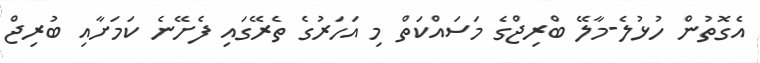
އެގޮތުން ހުޅުލެ-މާލޭ ބްރިޖްގެ މަސައްކަތް މި އަހަރުގެ ތެރޭގައި ފެށޭނެ ކަމަށާއި ބުރިޖް